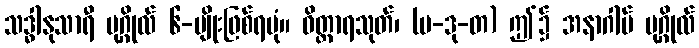
သဒ္ဓါနုသာရီ ပုဂ္ဂိုလ် ၆-မျိုးဖြစ်ရပုံ။ ဝိတ္ထာရသုတ်၊ (ပ-ဒု-တ) ဤ၌ အနာဂါမ် ပုဂ္ဂိုလ်